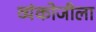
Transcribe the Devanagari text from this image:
व्यंकोजीला